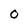
Character: o